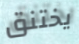
يختنق